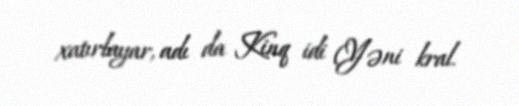
xatırlayar, adı da Kinq idi (Yəni kral.